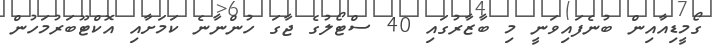
ގޯމީޑިއާއިން ބުނެފައިވަނީ މި ބާޒާރުގައި 40 ސްޓޯލުގެ ޖާގަ ހުންނާނެ ކަމަށާއި އޮކްޓޫބަރުމަހުން